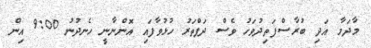
މާދަމާ އަދި ބުރާސްފަތިދުވަހު ވެސް ދަފްތަރު ހުޅުވާފައި އޮންނާނީ ހެނދުނު 9:00 އިން